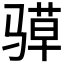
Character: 𮪤